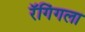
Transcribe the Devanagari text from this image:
रॅगिंगला